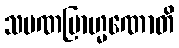
သမဏဗြာဟ္မဏောတိ